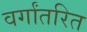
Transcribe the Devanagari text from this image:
वर्गांतरित